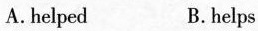
A.helped B.helps